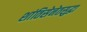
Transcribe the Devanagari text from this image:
शांतिसेनेतसुद्धा